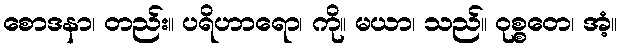
စောဒနာ၊ တည်း။ ပရိဟာရော၊ ကို။ မယာ၊ သည်။ ဝုစ္စတေ၊ အံ့။